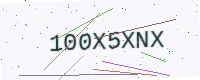
Text: 100X5XNX